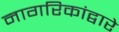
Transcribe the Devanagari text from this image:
नागरिकांद्वारे